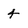
Character: 4